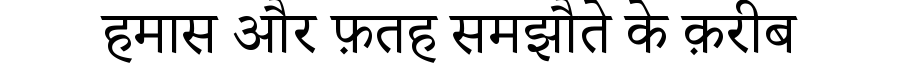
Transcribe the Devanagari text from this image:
हमास और फ़तह समझौते के क़रीब